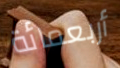
أربعمائة